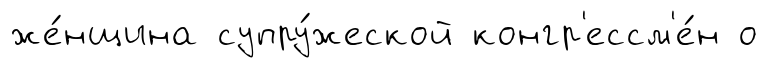
же́нщина супру́жеской конгр'ессм'е́н о